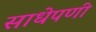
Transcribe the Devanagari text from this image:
साधेपणी